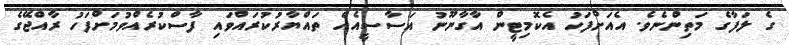
ގެ ލަފާގެ މަތިންނެވެ. އެއަށްފަހު އެކޮމިޓީން އާގާނޫނު އަސާސީއެއް ތައްޔާރުކުރައްވައި ފާސްކުރެއްވުމަށްފަހު ރާއްޖޭގެ